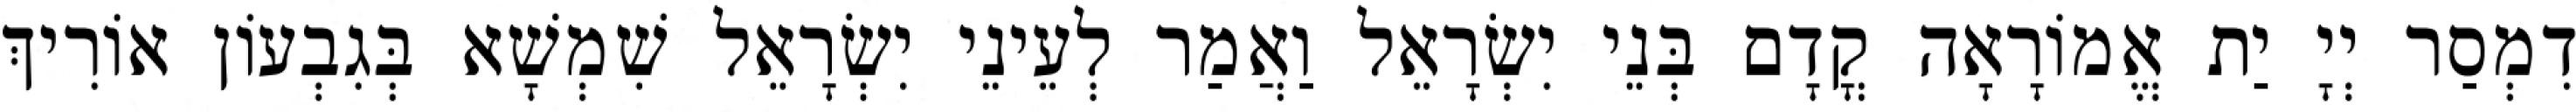
דִמְסַר יְיָ יַת אֱמוֹרָאָה קֳדָם בְּנֵי יִשְׂרָאֵל וַאֲמַר לְעֵינֵי יִשְׂרָאֵל שִׁמְשָׁא בְּגִבְעוֹן אוֹרִיךְ